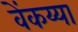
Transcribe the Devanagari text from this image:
वेंकय्या